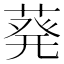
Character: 𫈴